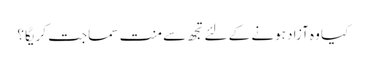
کیا وہ آزاد ہونے کے لئے تجھ سے منت سماجت کریگا ؟